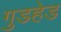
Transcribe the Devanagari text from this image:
गुडहेड